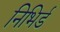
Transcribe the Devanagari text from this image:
निभिर्ड